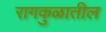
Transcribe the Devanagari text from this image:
रागकुळातील